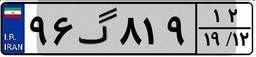
۶۲گ۵۲۷۷۹